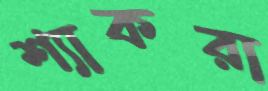
শ্যাকরা